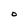
Character: O